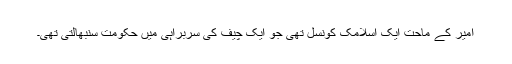
امیر کے ماحت ایک اسلامک کونسل تھی جو ایک چیف کی سربراہی میں حکومت سنبھالتی تھی۔